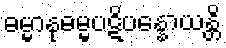
ဓမ္မာနုဓမ္မပဋိပန္နောယန္တိ